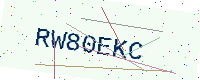
Text: RW80EKC